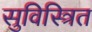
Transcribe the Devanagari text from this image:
सुविस्त्रित